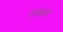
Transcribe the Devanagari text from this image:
नगथला